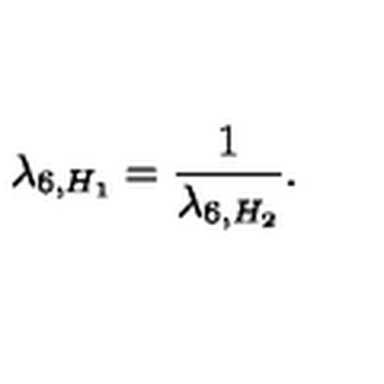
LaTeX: \lambda _ { 6 , H _ { 1 } } = \frac 1 { \lambda _ { 6 , H _ { 2 } } } .